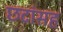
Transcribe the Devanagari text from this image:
छटांसह